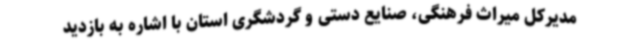
مدیرکل میراث فرهنگی، صنایع دستی و گردشگری استان با اشاره به بازدید